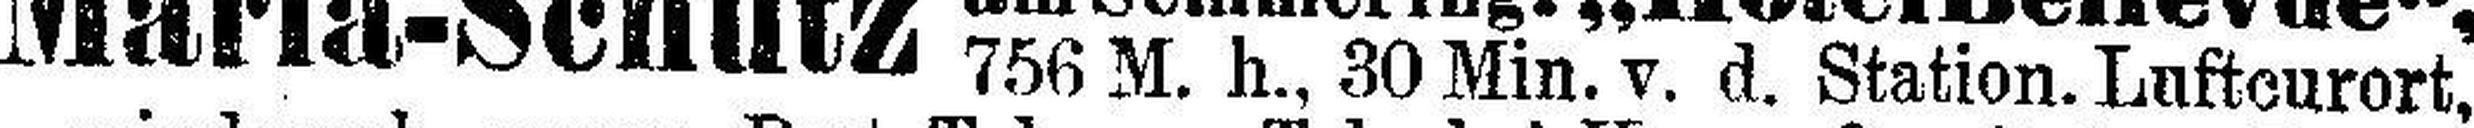
756 M. h., 30 Min. v. d. Station. Luftcurort,